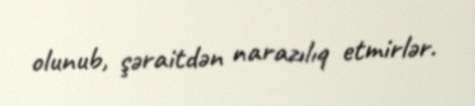
olunub, şəraitdən narazılıq etmirlər.